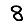
Digit: 8